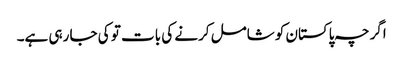
اگرچہ پاکستان کو شامل کرنے کی بات تو کی جا رہی ہے۔